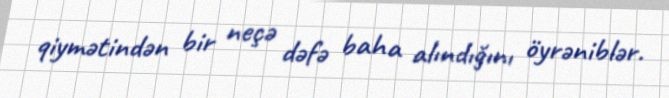
qiymətindən bir neçə dəfə baha alındığını öyrəniblər.